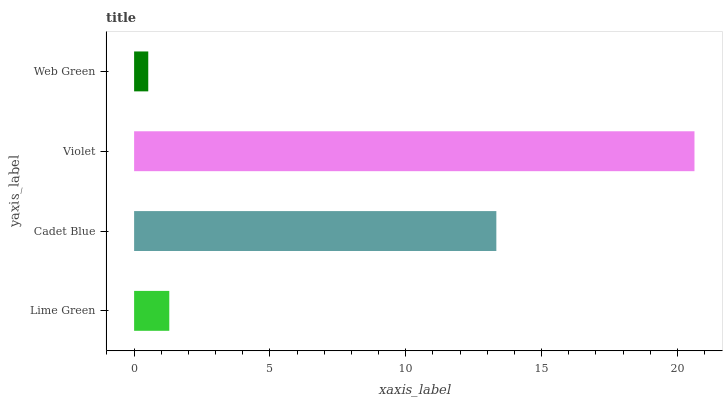
| yaxis_label | bars |
 | --- | --- |
 | Lime Green | 1.29 |
 | Cadet Blue | 13.3 |
 | Violet | 20.6 |
 | Web Green | 0.521 |